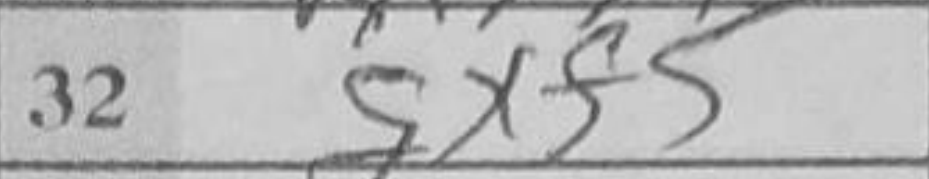
Transcription: gxf5